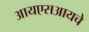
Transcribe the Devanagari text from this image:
आयएसआयचे